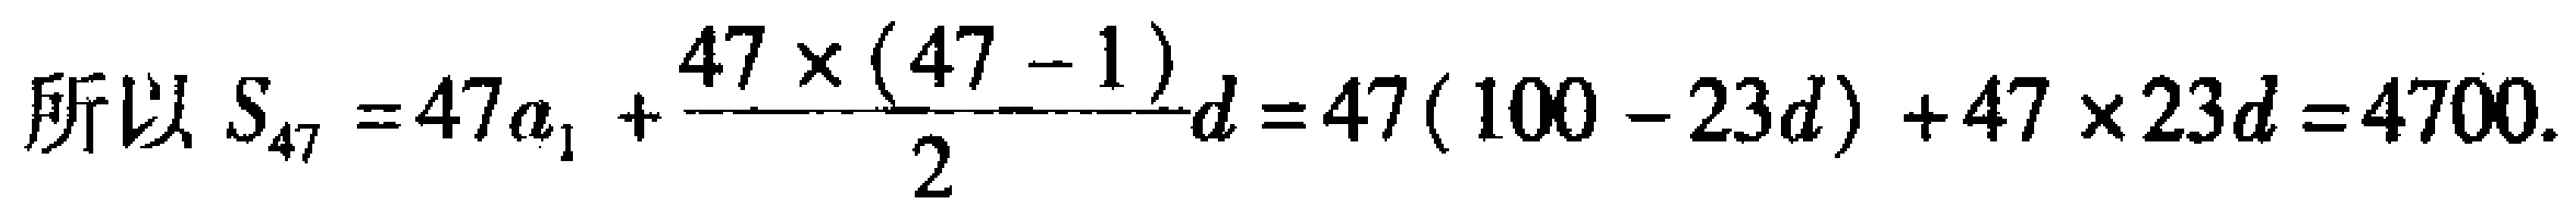
所以 \(S_{47}=47a_{1}+\frac{47\times(47 - 1)}{2}d = 47(100 - 23d)+47\times23d = 4700\).